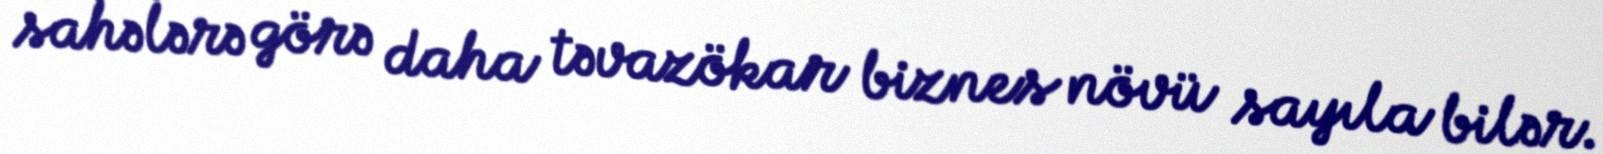
sahələrə görə daha təvazökar biznes növü sayıla bilər.